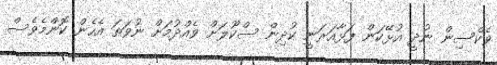
ވެކްސިން ނުދީ އުޅޭކަން ފަޅާއަރަނީ ކުދިން ސްކޫލަށް ވެއްދުމަށް ނުވަތަ އެހެން ކޮންމެވެސް